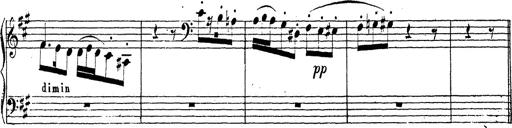
Title: Chanson bohÃ©mienne
Composer: Franz Liszt